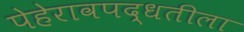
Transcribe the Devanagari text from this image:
पेहेरावपद्धतीला